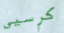
كرسيي